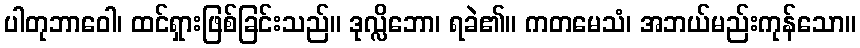
ပါတုဘာဝေါ၊ ထင်ရှားဖြစ်ခြင်းသည်။ ဒုလ္လိဘော၊ ရခဲ၏။ ကတမေသံ၊ အဘယ်မည်းကုန်သော။